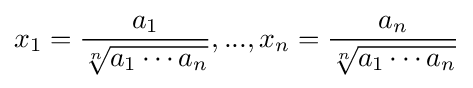
x_{1}={\frac {a_{1}}{\sqrt[{n}]{a_{1}\cdots a_{n}}}},...,x_{n}={\frac {a_{n}}{\sqrt[{n}]{a_{1}\cdots a_{n}}}}